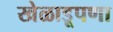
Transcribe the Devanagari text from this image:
खेळाडूपणा